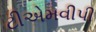
ટીએમવીપી